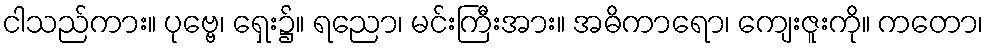
ငါသည်ကား။ ပုဗ္ဗေ၊ ရှေး၌။ ရညော၊ မင်းကြီးအား။ အဓိကာရော၊ ကျေးဇူးကို။ ကတော၊